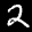
Label: 2